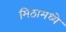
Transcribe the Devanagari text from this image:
मिठामध्ये